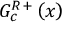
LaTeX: G _ { c } ^ { R } { } ^ { + } \left( x \right)